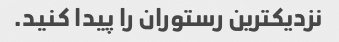
نزدیکترین رستوران را پیدا کنید.